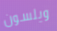
ويلسون